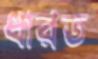
ধারত